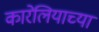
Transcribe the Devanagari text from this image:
कारेलियाच्या